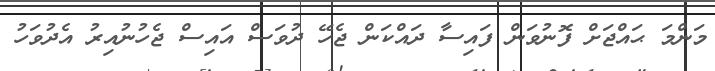
މަންމަ ޙައްޖަށް ފޮނުވަން ފައިސާ ދައްކަން ޖެހޭ ދުވަސް އައިސް ޖެހުނުއިރު އެދުވަހު